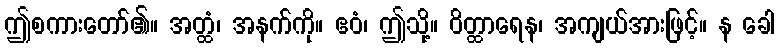
ဤစကားတော်၏။ အတ္ထံ၊ အနက်ကို။ ဧဝံ၊ ဤသို့။ ဝိတ္ထာရေန၊ အကျယ်အားဖြင့်။ န ခေါ